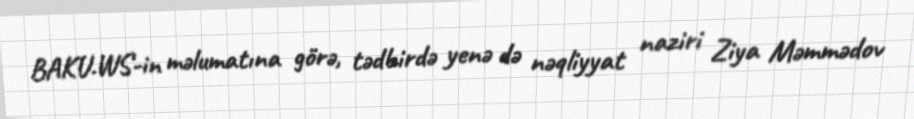
BAKU.WS-in məlumatına görə, tədbirdə yenə də nəqliyyat naziri Ziya Məmmədov